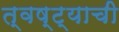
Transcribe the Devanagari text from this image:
त्वष्ट्याची